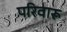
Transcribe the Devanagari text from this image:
परिवारू